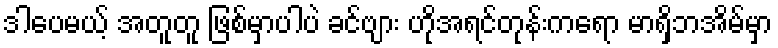
ဒါပေမယ့် အတူတူ ဖြစ်မှာပါပဲ ခင်ဗျား ဟိုအရင်တုန်းကရော မာရှိဘအိမ်မှာ